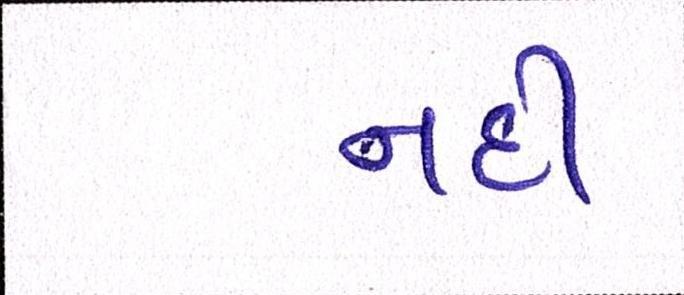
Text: નદી